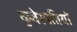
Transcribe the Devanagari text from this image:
कुबेरपतियों